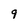
Character: 9